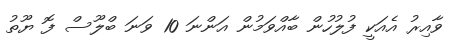
ވާއިރު އެއަކީ ފުލުހުން ބާއްވަމުން އަންނަ 10 ވަނަ ބްލޫސް ފޮ ޔޫތު